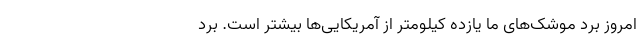
امروز بُرد موشک‌های ما یازده کیلومتر از آمریکایی‌ها بیشتر است. بُرد